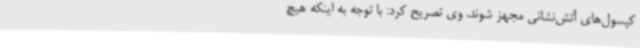
کپسول‌های آتش‌نشانی مجهز شوند. وی تصریح کرد: با توجه به اینکه هیچ